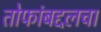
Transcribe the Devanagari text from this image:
तोफांबद्दलचा